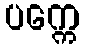
ပက္ကေ